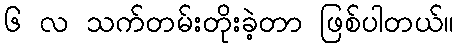
၆ လ သက်တမ်းတိုးခဲ့တာ ဖြစ်ပါတယ်။